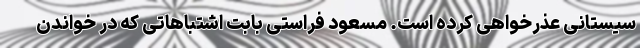
سیستانی عذرخواهی کرده است. مسعود فراستی بابت اشتباهاتی که در خواندن